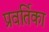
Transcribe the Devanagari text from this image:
प्रवर्तिका